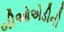
બીઓએડીની